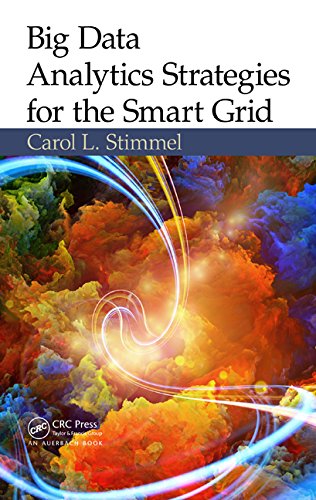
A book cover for Big Data Analytics Strategies for the Smart Grid; Carol L. Stimmel; Computers & Technology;